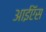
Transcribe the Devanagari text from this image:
आईऍस